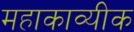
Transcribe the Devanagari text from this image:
महाकाव्यीक